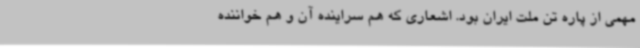
مهمی از پاره تن ملت ایران بود. اشعاری که هم سراینده آن و هم خواننده